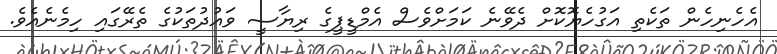
އެހެނިހެން ތަކެތި އަގުހެޔޮކޮށް ދެވޭނެ ކަމަށްވެސް އެމްޑީޕީގެ ރިޔާސީ ވައުދުތަކުގެ ތެރޭގައި ހިމެނެއެވެ.